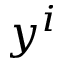
y ^ { i }